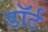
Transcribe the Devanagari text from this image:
डॉर्ट